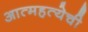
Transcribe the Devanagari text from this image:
आत्महत्येची